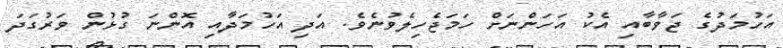
އަހުމަދުގެ ޖަވާބާއި އެކު އަހަންނަށް ހަމަޖެހިލެވުނެވެ. އަދި އަހުމަދާއި އޮންނަ ގުޅުން ވަރުގަދަ